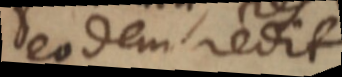
eodem redit.